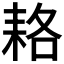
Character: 𦓱